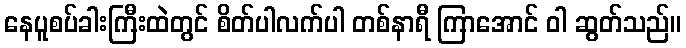
နေပူစပ်ခါးကြီးထဲတွင် စိတ်ပါလက်ပါ တစ်နာရီ ကြာအောင် ဝါ ဆွတ်သည်။